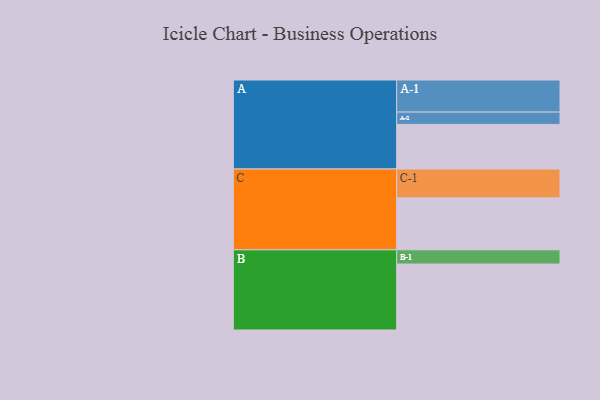
{"axis": {"x": "Segment", "y": "Value"}, "legend": ["", "A", "B", "C"], "data": [{"x": "A", "y": 385, "type": ""}, {"x": "B", "y": 569, "type": ""}, {"x": "C", "y": 448, "type": ""}, {"x": "A-1", "y": 277, "type": "A"}, {"x": "A-2", "y": 106, "type": "A"}, {"x": "B-1", "y": 123, "type": "B"}, {"x": "C-1", "y": 249, "type": "C"}]}